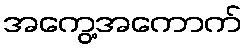
အကွေ့အကောက်